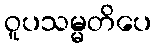
ဝူပသမ္မတိပေ